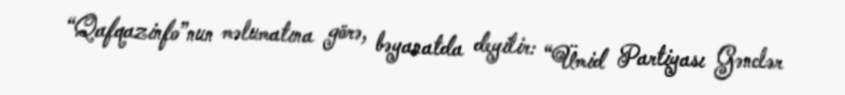
“Qafqazinfo”nun məlumatına görə, bəyanatda deyilir: “Ümid Partiyası Gənclər